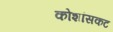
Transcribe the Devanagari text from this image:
कोशांसकट